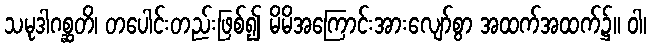
သမုဒါဂစ္ဆတိ၊ တပေါင်းတည်းဖြစ်၍ မိမိအကြောင်းအားလျော်စွာ အထက်အထက်၌။ ဝါ၊